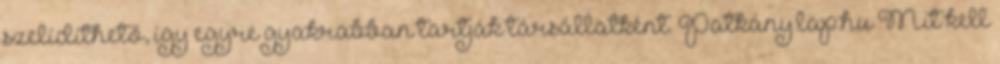
szelídíthető, így egyre gyakrabban tartják társállatként. Patkány.lap.hu Mit kell